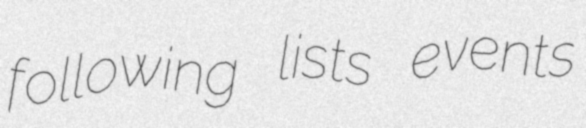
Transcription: following lists events